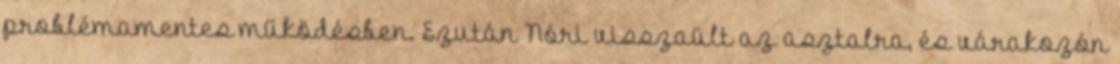
problémamentes működésben. Ezután Nóri visszaült az asztalra, és várakozón